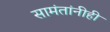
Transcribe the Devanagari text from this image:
सामंतांनीही